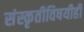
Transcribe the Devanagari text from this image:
संस्कृतीविषयीही